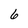
Character: 6